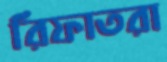
রিফাতরা